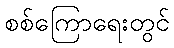
စစ်ကြောရေးတွင်